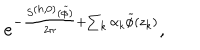
LaTeX: e ^ { - { \frac { S ^ { ( h , 0 ) } ( \widetilde \phi ) } { 2 \pi } } + \sum _ { k } \alpha _ { k } \widetilde \phi ( z _ { k } ) } ,